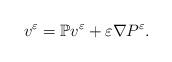
LaTeX: \begin{align*}v^{\varepsilon}=\mathbb{P}v^{\varepsilon}+\varepsilon \nabla P^{\varepsilon}.\end{align*}